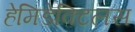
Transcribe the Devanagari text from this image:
हेमिडेक्टिलस